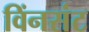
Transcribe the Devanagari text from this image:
विंनसंट